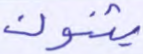
يثنون